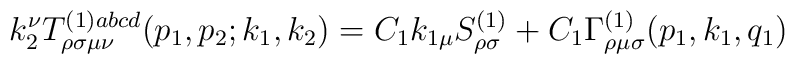
k_2^\nu T_{\rho \sigma \mu \nu }^{(1)abcd}(p_1,p_2;k_1,k_2)=C_1k_{1\mu}S_{\rho \sigma }^{(1)}+C_1\Gamma _{\rho \mu \sigma }^{(1)}(p_1,k_1,q_1)